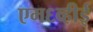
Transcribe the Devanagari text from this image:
एम६व्हीई